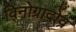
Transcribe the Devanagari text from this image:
विनोग्रादोव